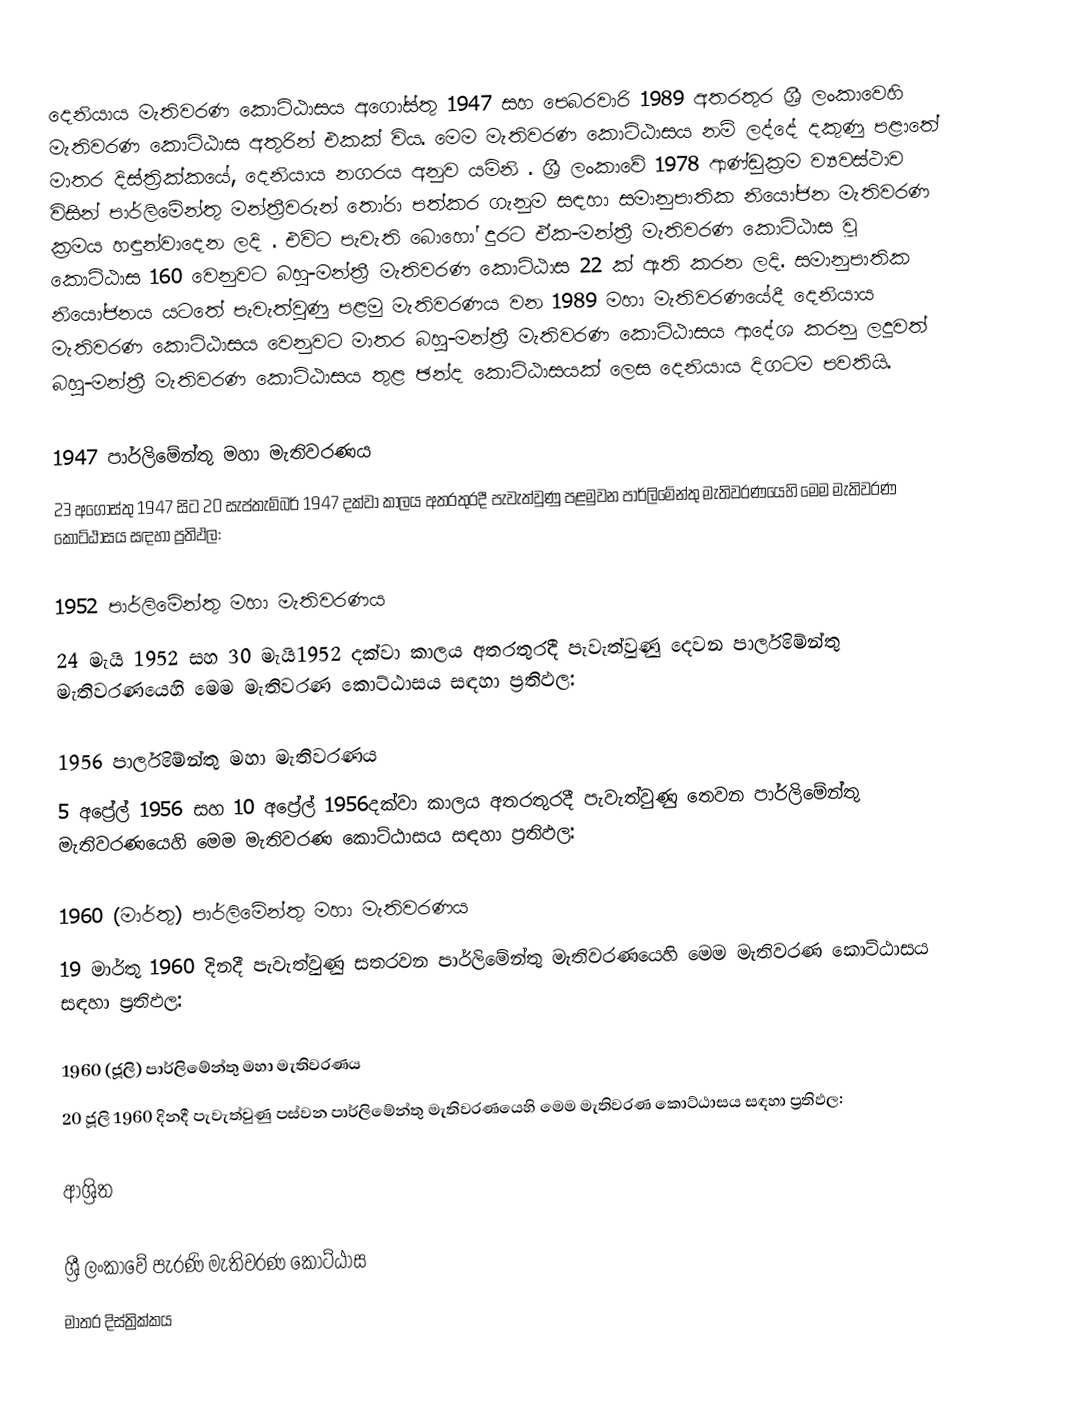
දෙනියාය මැතිවරණ කොට්ඨාසය  අගෝස්තු 1947 සහ පෙබරවාරි 1989 අතරතුර  ශ්‍රී ලංකාවෙහි  මැතිවරණ කොට්ඨාස අතුරින් එකක් විය. මෙම මැතිවරණ කොට්ඨාසය නම් ලද්දේ දකුණු පළාතේ මාතර දිස්ත්‍රික්කයේ,  දෙනියාය  නගරය අනුව යමිනි . ශ්‍රී ලංකාවේ 1978 ආණ්ඩුක්‍රම ව්‍යවස්ථාව විසින්   පාර්ලිමේන්තු මන්ත්‍රීවරුන් තෝරා පත්කර ගැනුම සඳහා සමානුපාතික නියෝජන මැතිවරණ ක්‍රමය හඳුන්වාදෙන ලදි . එවිට පැවැති බොහෝ දුරට  ඒක-මන්ත්‍රී මැතිවරණ කොට්ඨාස වූ කොට්ඨාස 160 වෙනුවට බහු-මන්ත්‍රී මැතිවරණ කොට්ඨාස 22 ක් ඇති කරන ලදි. සමානුපාතික නියෝජනය යටතේ පැවැත්වුණු පළමු මැතිවරණය වන 1989 මහා මැතිවරණයේදී  දෙනියාය මැතිවරණ කොට්ඨාසය වෙනුවට මාතර බහු-මන්ත්‍රී මැතිවරණ කොට්ඨාසය  ආදේශ කරනු ලදුවත් බහු-මන්ත්‍රී මැතිවරණ කොට්ඨාසය තුළ ඡන්ද කොට්ඨාසයක් ලෙස දෙනියාය දිගටම පවතියි.

1947 පාර්ලිමේන්තු මහා මැතිවරණය
23 අගෝස්තු 1947 සිට 20 සැප්තැම්බර් 1947 දක්වා කාලය අතරතුරදී පැවැත්වුණු  පළමුවන පාර්ලිමේන්තු මැතිවරණයෙහි මෙම මැතිවරණ කොට්ඨාසය සඳහා ප්‍රතිඵල:

1952 පාර්ලිමේන්තු මහා මැතිවරණය
24 මැයි 1952 සහ 30 මැයි1952 දක්වා කාලය අතරතුරදී පැවැත්වුණු  දෙවන පාර්ලිමේන්තු මැතිවරණයෙහි මෙම මැතිවරණ කොට්ඨාසය සඳහා ප්‍රතිඵල:

1956 පාර්ලිමේන්තු මහා මැතිවරණය
5 අප්‍රේල් 1956 සහ 10 අප්‍රේල් 1956දක්වා කාලය අතරතුරදී පැවැත්වුණු  තෙවන පාර්ලිමේන්තු මැතිවරණයෙහි මෙම මැතිවරණ කොට්ඨාසය සඳහා ප්‍රතිඵල:

1960 (මාර්තු) පාර්ලිමේන්තු මහා මැතිවරණය
19 මාර්තු 1960 දිනදී පැවැත්වුණු  සතරවන පාර්ලිමේන්තු මැතිවරණයෙහි මෙම මැතිවරණ කොට්ඨාසය සඳහා ප්‍රතිඵල:

1960 (ජූලි) පාර්ලිමේන්තු මහා මැතිවරණය
20 ජූලි 1960 දිනදී පැවැත්වුණු  පස්වන පාර්ලිමේන්තු මැතිවරණයෙහි මෙම මැතිවරණ කොට්ඨාසය සඳහා ප්‍රතිඵල:

ආශ්‍රිත

ශ්‍රී ලංකාවේ පැරණි මැතිවරණ කොට්ඨාස
මාතර දිස්ත්‍රික්කය